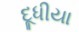
દૂધીયા